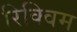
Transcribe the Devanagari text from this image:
रिक्विम